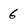
Character: 6